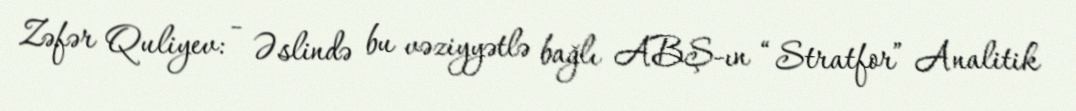
Zəfər Quliyev: - Əslində bu vəziyyətlə bağlı ABŞ-ın “Stratfor” Analitik